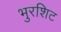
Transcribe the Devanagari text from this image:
भुरशिट